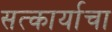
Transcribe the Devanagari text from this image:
सत्कार्याचा